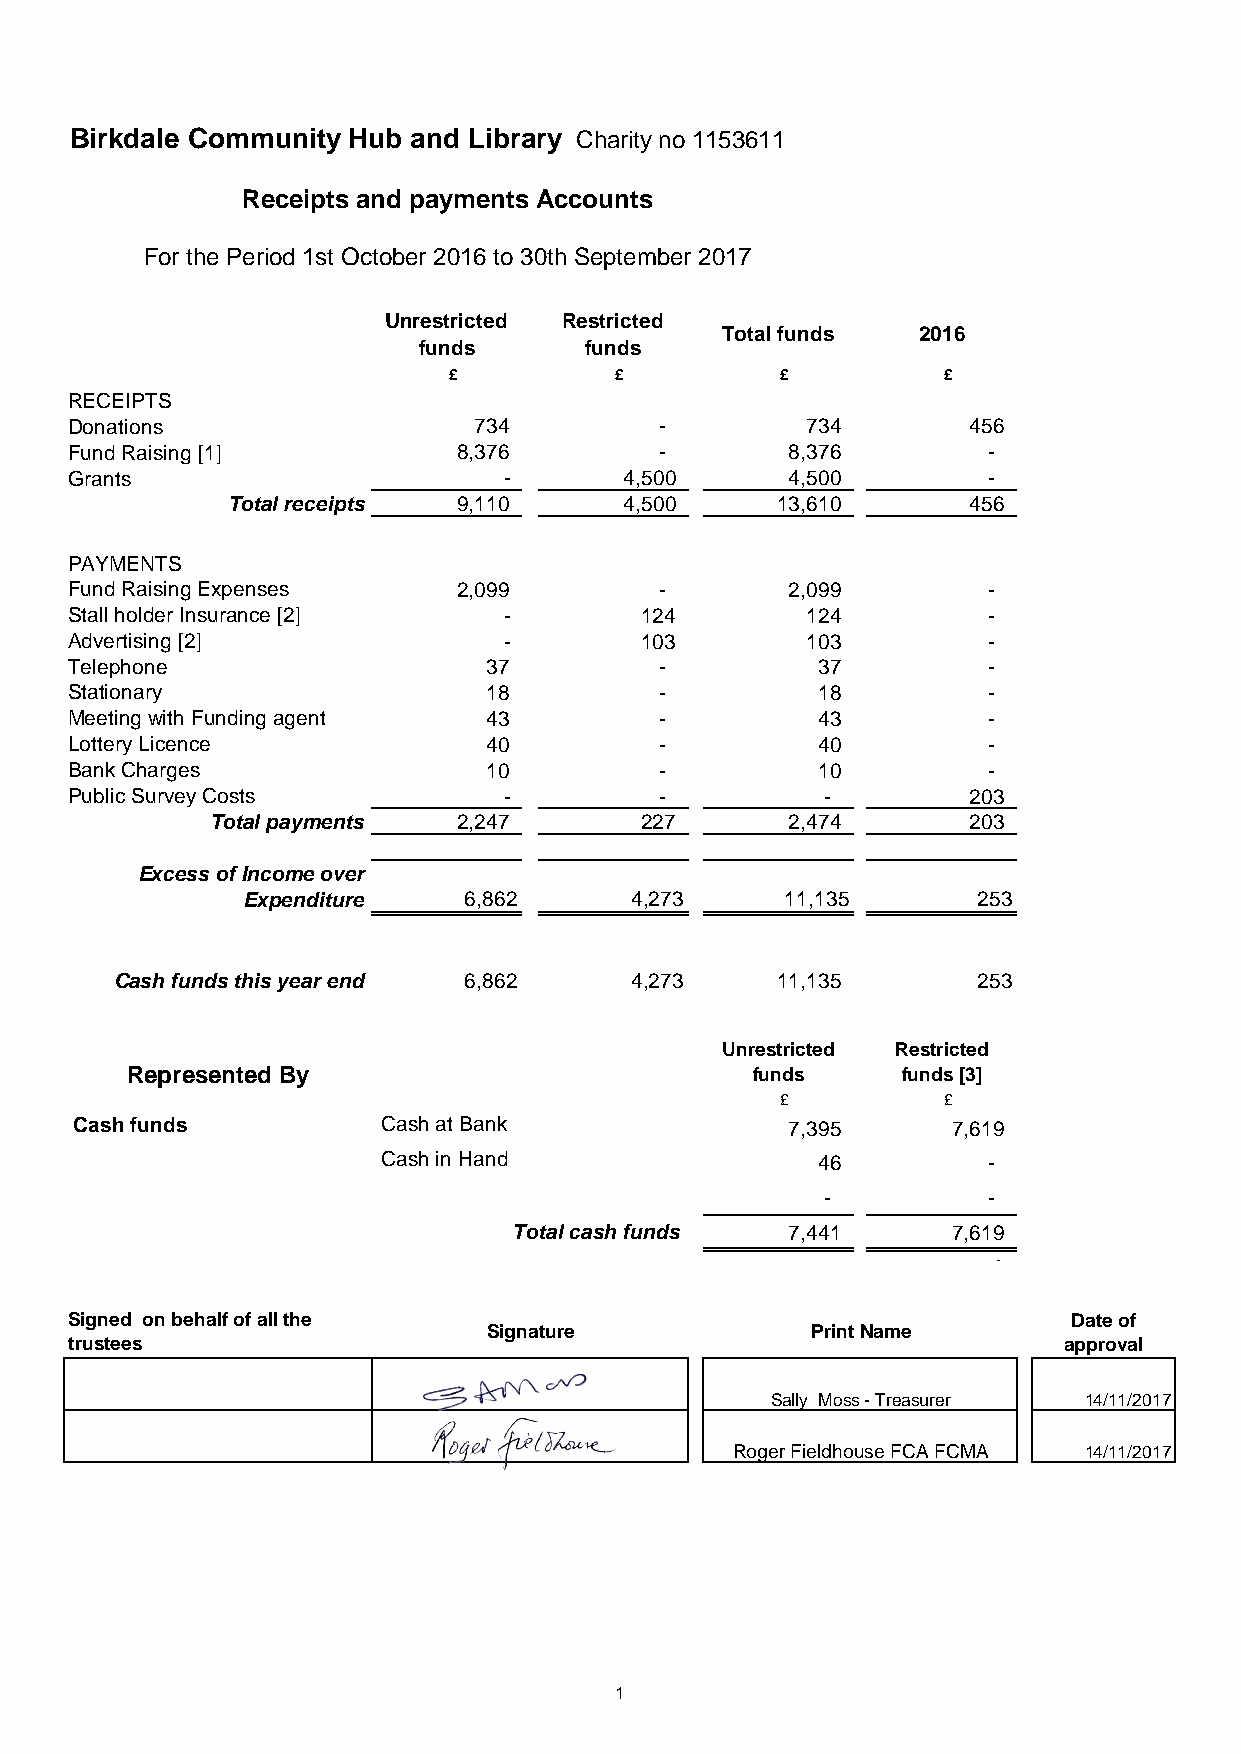
Birkdale Community Hub and Library Charity no 1153611
 Receipts and payments Accounts
 For the Period 1st October 2016 to 30th September 2017
 Unrestricted Restricted
 Total funds  2016
 funds      funds
 £          £          £         £
 RECEIPTS
 Donations                 734          -        734        456
 Fund Raising [1]         8,376         -       8,376        -
 Grants                      -       4,500      4,500        -
 Total receipts 9,110      4,500     13,610       456
 PAYMENTS
 Fund Raising Expenses    2,099         -       2,099        -
 Stall holder Insurance [2]  -        124        124         -
 Advertising [2]             -        103        103         -
 Telephone                  37          -         37         -
 Stationary                 18          -         18         -
 Meeting with Funding agent 43          -         43         -
 Lottery Licence            40          -         40         -
 Bank Charges               10          -         10         -
 Public Survey Costs         -          -          -        203
 Total payments  2,247       227       2,474       203
 Excess of Income over
 Expenditure    6,862      4,273     11,135       253
 Cash funds this year end 6,862    4,273    11,135        253
 Unrestricted Restricted
 Represented By                            funds     funds [3]
 £         £
 Cash funds          Cash at Bank               7,395      7,619
 Cash in Hand                 46         -
 -         -
 Total cash funds  7,441      7,619
 -
 Signed on behalf of all the                                       Date of
 Signature             Print Name
 trustees                                                         approval
 Sally Moss - Treasurer 14/11/2017
 Roger Fieldhouse FCA FCMA 14/11/2017
 1